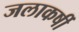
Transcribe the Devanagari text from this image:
जलाकर्षी